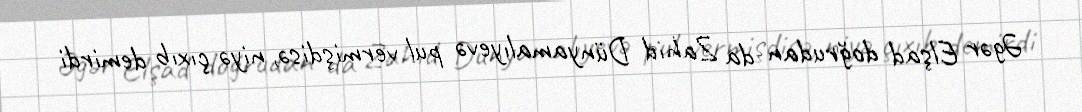
Əgər Elşad doğrudan da Zahid Dünyamalıyevə pul vermişdisə, niyə çıxıb demirdi